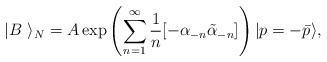
\begin{align*}|B~\rangle_N =A\exp\left(\sum_{n=1}^\infty{1\over n}[-\alpha_{-n} \tilde{\alpha}_{-n}]\right)|p=-\bar{p} \rangle,\end{align*}